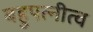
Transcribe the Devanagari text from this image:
बहुपत्‍नीत्व